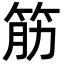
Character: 筋